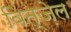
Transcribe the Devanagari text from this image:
वित्ज़ेल